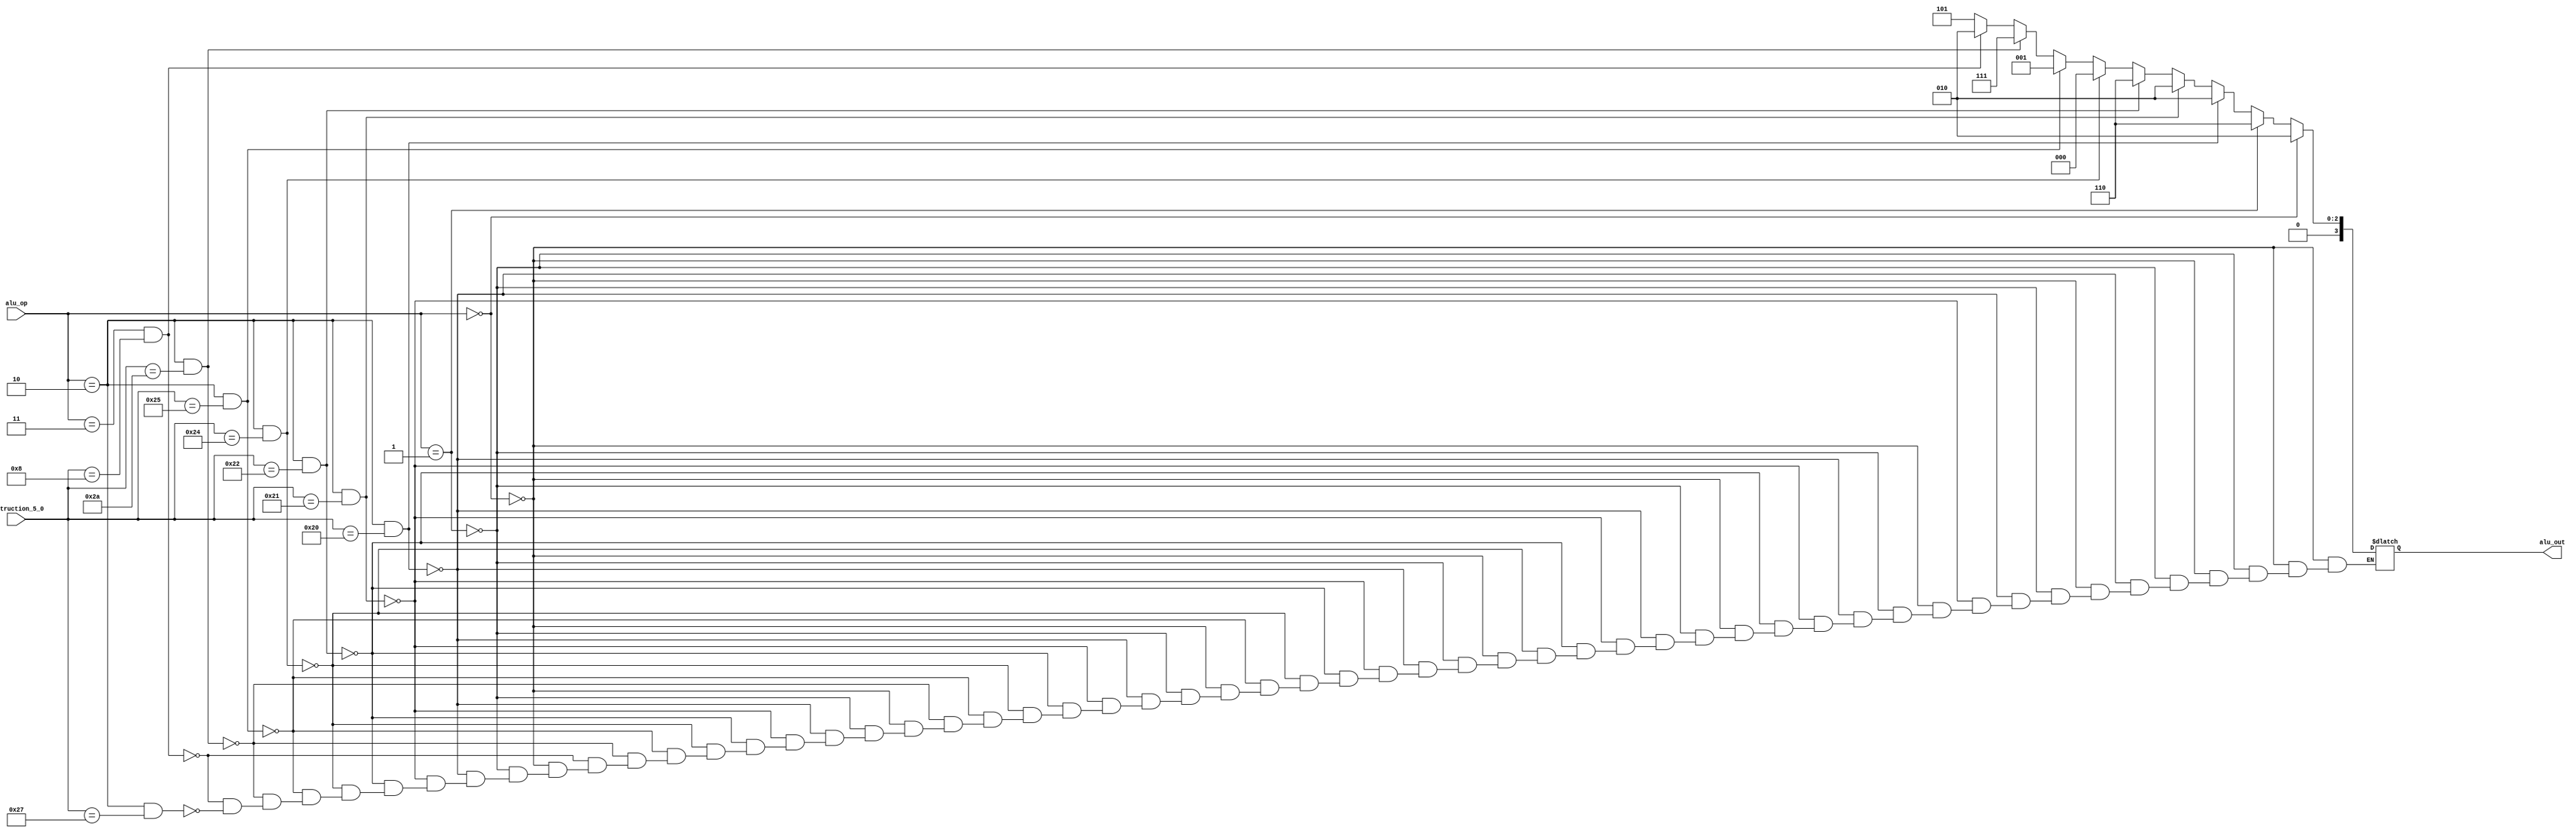
`timescale 1ns / 1ps
//////////////////////////////////////////////////////////////////////////////////
//////////////////////////////////////////////////////////////////////////////////
module alu_control (
 input wire [1:0] alu_op ,
 input wire [5:0] instruction_5_0 ,
 output wire [3:0] alu_out
 );



reg[3:0] alu_out1;

// Combinatorial Block 

always @(alu_op,instruction_5_0) begin
if(alu_op == 2'd0)                   // lw and sw
	 alu_out1 = 4'd2;
else if(alu_op == 2'd1)                // beq
	 alu_out1 = 4'd6;
else if((alu_op == 2'd2) && (instruction_5_0 == 6'd32))   // add
	 alu_out1 = 4'd2;
else if((alu_op == 2'd2) && (instruction_5_0 == 6'd33))  // add u
	alu_out1 = 4'd2;
else if((alu_op == 2'd2) && (instruction_5_0 == 6'd34)) // sub
	alu_out1 = 4'd6;
else if((alu_op == 2'd2) && (instruction_5_0 == 6'd36)) // and
	alu_out1 = 4'd0;
else if((alu_op == 2'd2) && (instruction_5_0 == 6'd37)) // or
	alu_out1 = 4'd1;
else if((alu_op == 2'd2) && (instruction_5_0 == 6'd42)) // slt
	 alu_out1 = 4'd7;	
else if((alu_op == 2'd3) && (instruction_5_0 == 6'd8)) // addi
	alu_out1 = 4'd2;		 
else if((alu_op == 2'd2) && (instruction_5_0 == 6'd39))  // nor
	 alu_out1 = 4'd5;	// logic from circuit only on r type
end

assign alu_out = alu_out1;
endmodule